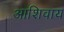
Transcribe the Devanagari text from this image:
आशिवाय